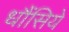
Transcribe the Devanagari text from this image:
धौंसिये